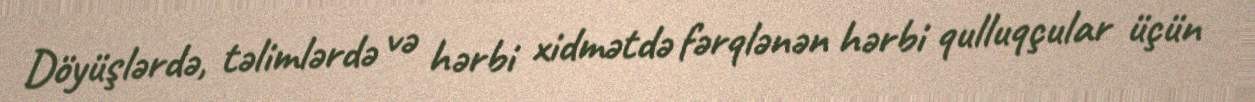
Döyüşlərdə, təlimlərdə və hərbi xidmətdə fərqlənən hərbi qulluqçular üçün